Vaccination Hyderabad 1872-1889 - 1872-1889
Year: 1872
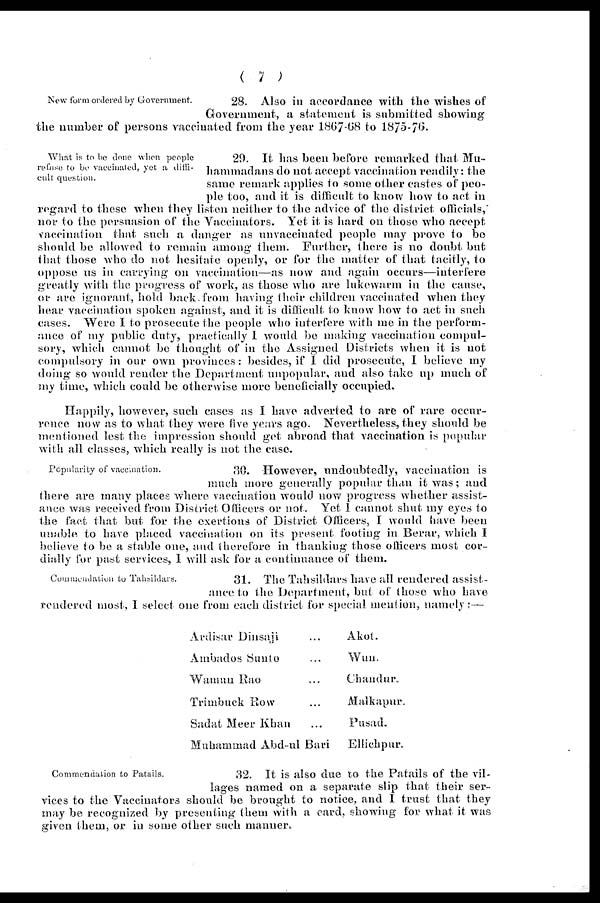
( 7 )
New form ordered by Government.
28. Also in accordance with the wishes of
Government, a statement is submitted showing
the number of persons vaccinated from the year 1867-68 to 1875-76.
What is to be done when people
refuse to be vaccinated, yet a diffi-
cult question.
29. It has been before remarked that Mu-
hammadans do not accept vaccination readily: the
same remark applies to some other castes of peo-
ple too, and it is difficult to know how to act in
regard to these when they listen neither to the advice of the district officials,"
nor to the persuasion of the Vaccinators. Yet it is hard on those who accept
vaccination that such a danger as unvaccinated people may prove to be
should be allowed to remain among them. Further, there is no doubt but
that those who do not hesitate openly, or for the matter of that tacitly, to
oppose us in carrying on vaccination—as now and again occurs—interfere
greatly with the progress of work, as those who are lukewarm in the cause,
or are ignorant, hold back.from having their children vaccinated when they
hear vaccination spoken against, and it is difficult to know how to act in such
cases. Were I to prosecute the people who interfere with me in the perform-
ance of my public duty, practically I would be making vaccination compul-
sory, which cannot be thought of in the Assigned Districts when it is not
compulsory in our own provinces: besides, if I did prosecute, I believe my
doing so would render the Department unpopular, and also take up much of
my time, which could be otherwise more beneficially occupied.
Happily, however, such cases as I have adverted to are of rare occur-
rence now as to what they were five years ago. Nevertheless, they should be
mentioned lest the impression should get abroad that vaccination is popular
with all classes, which really is not the case.
Popularity of vaccination.
30. However, undoubtedly, vaccination is
much more generally popular than it was; and
there are many places where vaccination would now progress whether assist-
ance was received from District Officers or not. Yet I cannot shut my eyes to
the fact that but for the exertions of District Officers, I would have been
unable to have placed vaccination on its present footing in Berar, which I
believe to be a stable one, and therefore in thanking those officers most cor-
dially for past services, I will ask for a continuance of them.
Commendation to Tahsildars.
31. The Tahsildars have all rendered assist-
ance to the Department, but of those who have
rendered most, I select one from each district for special mention, namely:—
Ardisar Dinsaji ...
Ambados Sunto ...
Wamun Rao ...
Trimbuck Row ...
Sadat Meer Khan ...
Muhammad Abd-ul Bari
Akot.
Wun.
Chandur.
Malkapur.
Pusad.
Ellichpur.
Commendation to Patails.
32. It is also due to the Patails of the vil-
lages named on a separate slip that their ser-
vices to the Vaccinators should be brought to notice, and I trust that they
may be recognized by presenting them with a card, showing for what it was
given them, or in some other such manner.